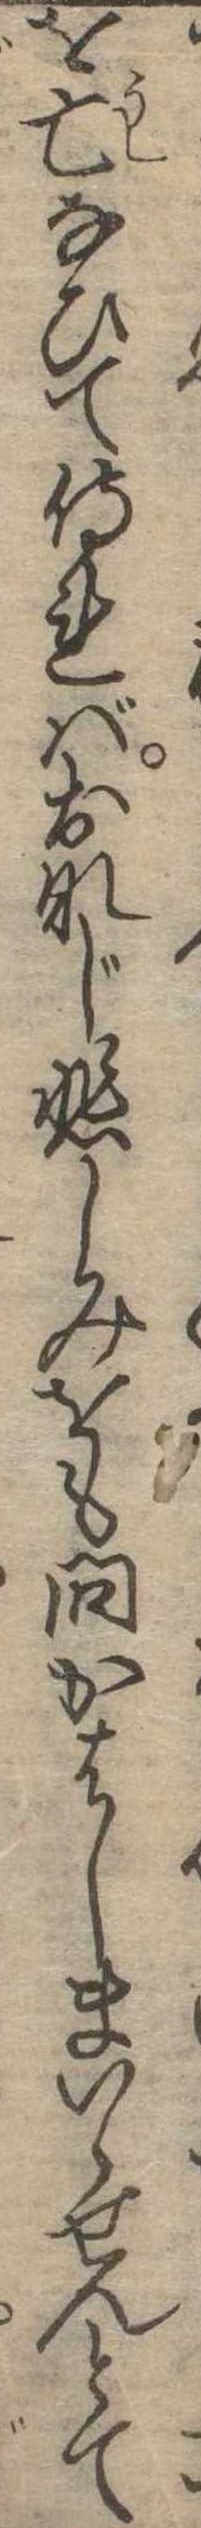
を亡なひて侍ればおなじ悲しみをも問かはしまいらせんとて